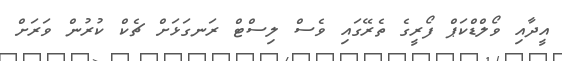
އީދާއި ވޯލްޑްކަޕް ފޯރީގެ ތެރޭގައި ވެސް ލިސްޓް ރަނގަޅަށް ޗެކް ކުރުން ވަރަށް